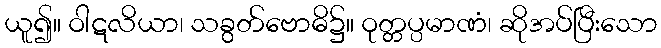
ယူ၍။ ဝါဋလိယာ၊ သခွတ်ဗောဓိ၌။ ဝုတ္တပ္ပမာဏံ၊ ဆိုအပ်ပြီးသော